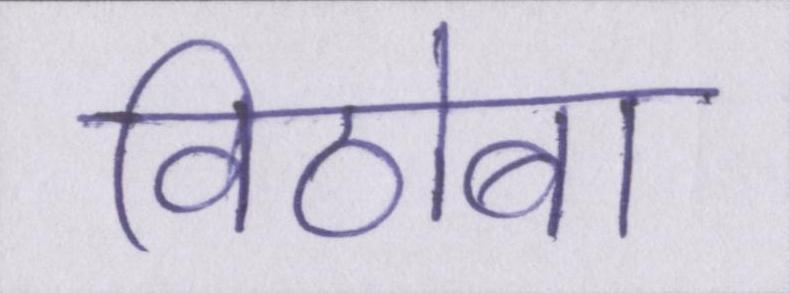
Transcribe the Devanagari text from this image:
विठोबा